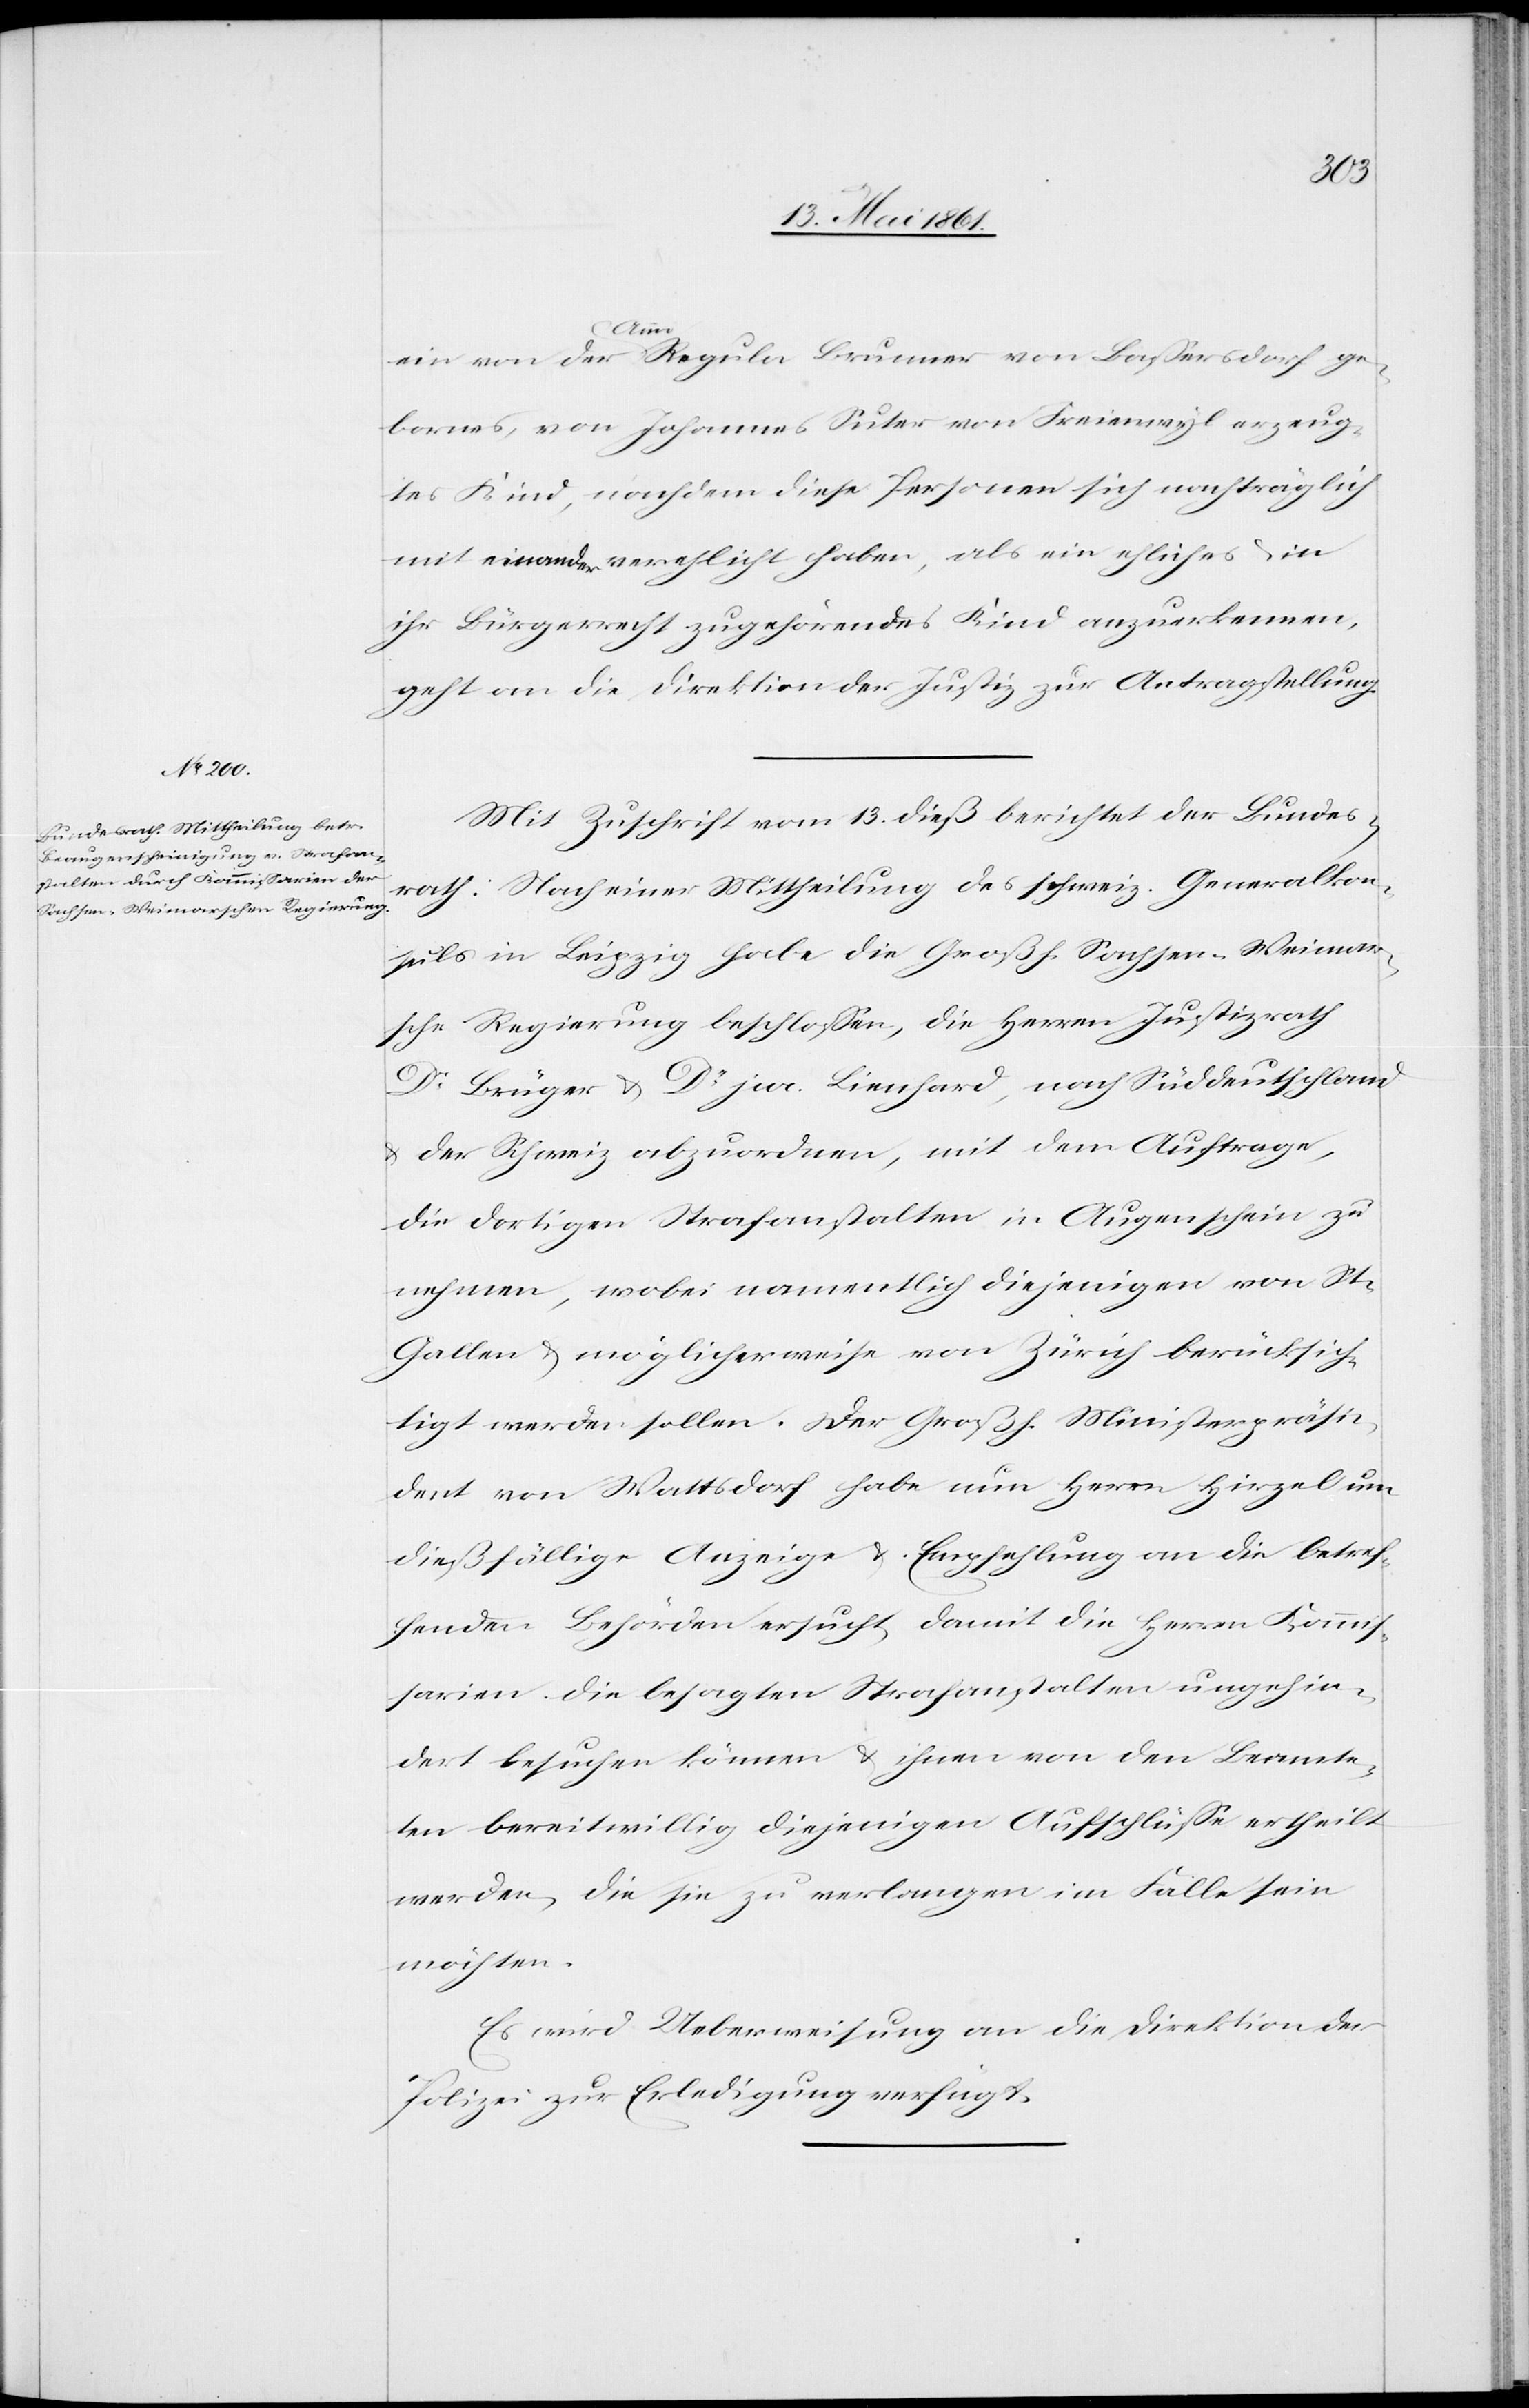
15. Mai 1861.]
Actum den
Regula Brunner von Bassersdorf ge¬
ein von der
bornes, von Johannes Suter von Freienwyl erzeug¬
tes Kind, nachdem diese Personen sich nachträglich
mit einander verehlicht haben, als ein ehliches u. in
ihr Bürgerrecht zugehörendes Kind anzuerkennen,
geht an die Direktion der Justiz zur Antragstellung.
Mit Zuschrift vom 13. dieß berichtet der Bundes¬
rath: Nach einer Mittheilung des schweiz. Generalk¬
onsuls in Leipzig habe die Großh. Sachsen-Weimar¬
sche Regierung beschlossen, die Herren Justizrath
Dr. Brüger u. Dr. jur. Lienhard, nach Süddeutschland
u. der Schweiz abzuordnen, mit dem Auftrage,
die dortigen Strafanstalten in Augenschein zu
nehmen, wobei namentlich diejenigen von St.
Gallen u. möglicherweise von Zürich berücksich¬
tigt werden sollen. Der Großh. Ministerpräsi¬
dent von Wattsdorf habe nun Herrn Hirzel um
dießfällige Anzeige u. Empfehlung an die betref¬
fenden Behörden ersucht, damit die Herren Kommis¬
sarien die besagten Strafanstalten ungehin¬
dert besuchen können u. ihnen von den Beamte¬
ten bereitwillig diejenigen Aufschlüsse ertheilt
werden, die sie zu verlangen im Falle sein
möchten.
Es wird Ueberweisung an die Direktion der
Polizei zur Erledigung verfügt.